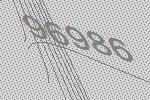
96986